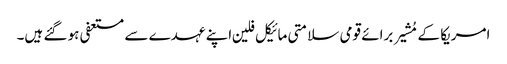
امریکا کے مُشیر برائے قومی سلامتی مائیکل فلین اپنے عہدے سے مستعفی ہو گئے ہیں۔